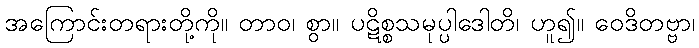
အကြောင်းတရားတို့ကို။ တာဝ၊ စွာ။ ပဋိစ္စသမုပ္ပါဒေါတိ၊ ဟူ၍။ ဝေဒိတဗ္ဗာ၊